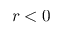
r < 0